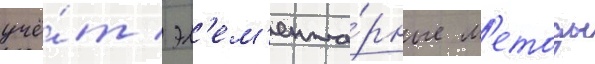
учё́т / эл'ем'ента́рные м'етоды